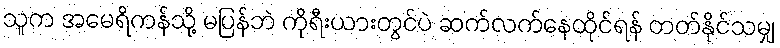
သူက အမေရိကန်သို့ မပြန်ဘဲ ကိုရီးယားတွင်ပဲ ဆက်လက်နေထိုင်ရန် တတ်နိုင်သမျှ